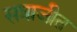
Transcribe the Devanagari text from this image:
सत्राजीत